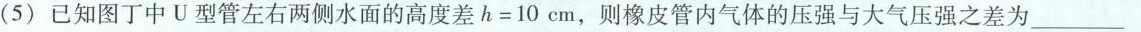
(5)已知图丁中U型管左右两侧水面的高度差$$h = 1 0 c m$$，则橡皮管内气体的压强与大气压强之差为___